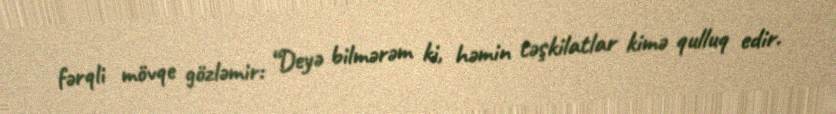
fərqli mövqe gözləmir: “Deyə bilmərəm ki, həmin təşkilatlar kimə qulluq edir.